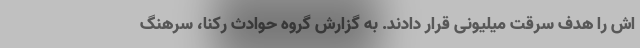
اش را هدف سرقت میلیونی قرار دادند. به گزارش گروه حوادث رکنا، سرهنگ